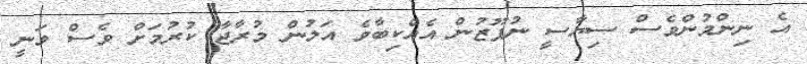
އެ ނިންމުންވެސް ސިޔާސީ ނުފޫޒުން އެއްކިބާވެ އަލުން މުރާޖާ ކުރުމަށް ވެސް ވަނީ